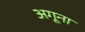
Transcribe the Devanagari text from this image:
अगूना